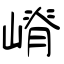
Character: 嵴